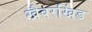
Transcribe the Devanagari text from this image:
खैबरखिंड